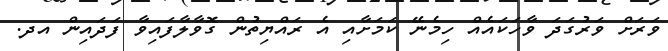
ވަރަށް ވަރުގަދަ ވާހަކައެއް ހިމެނޭ ކަމަށާއި އެ ރައްޔިތުން ގޮވާލާފައިވާ ފަދައިން އދ.